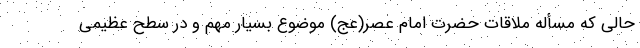
حالی که مسأله ملاقات حضرت امام عصر(عج) موضوع بسیار مهم و در سطح عظیمی